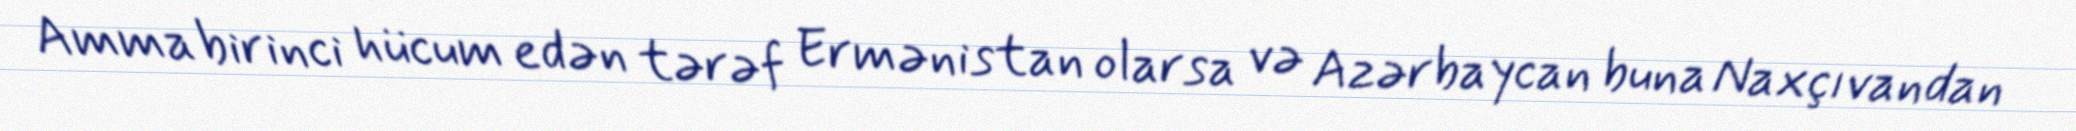
Amma birinci hücum edən tərəf Ermənistan olarsa və Azərbaycan buna Naxçıvandan